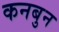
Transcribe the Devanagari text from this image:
कनबुन